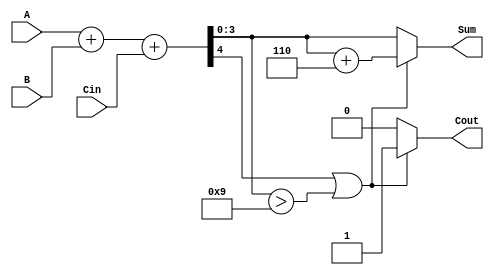
module BCD_Parallel_Adder (
    input  [3:0] A,       // First BCD digit
    input  [3:0] B,       // Second BCD digit
    input        Cin,      // Carry input
    output reg [3:0] Sum,  // BCD result of the addition
    output reg Cout        // Carry output
);

    wire [4:0] S;         // 5-bit sum to hold A + B + Cin
    wire [3:0] correction; // Correction value (6 in BCD)
    
    // Perform binary addition
    assign S = A + B + Cin; // S[4:0] = A + B + Cin

    // Define correction value for BCD
    assign correction = 4'b0110; // 6 in binary

    always @(*) begin
        // Check if the sum exceeds BCD range or if there's a carry-out
        if (S[4] || (S[3:0] > 4'b1001)) begin
            Sum = S[3:0] + correction; // Apply correction
            Cout = 1; // Set carry-out
        end else begin
            Sum = S[3:0]; // No correction needed
            Cout = 0; // No carry-out
        end
    end

endmodule